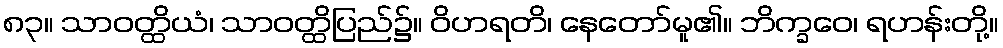
၈၃။ သာဝတ္ထိယံ၊ သာဝတ္ထိပြည်၌။ ဝိဟရတိ၊ နေတော်မူ၏။ ဘိက္ခဝေ၊ ရဟန်းတို့။